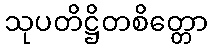
သုပတိဋ္ဌိတစိတ္တော